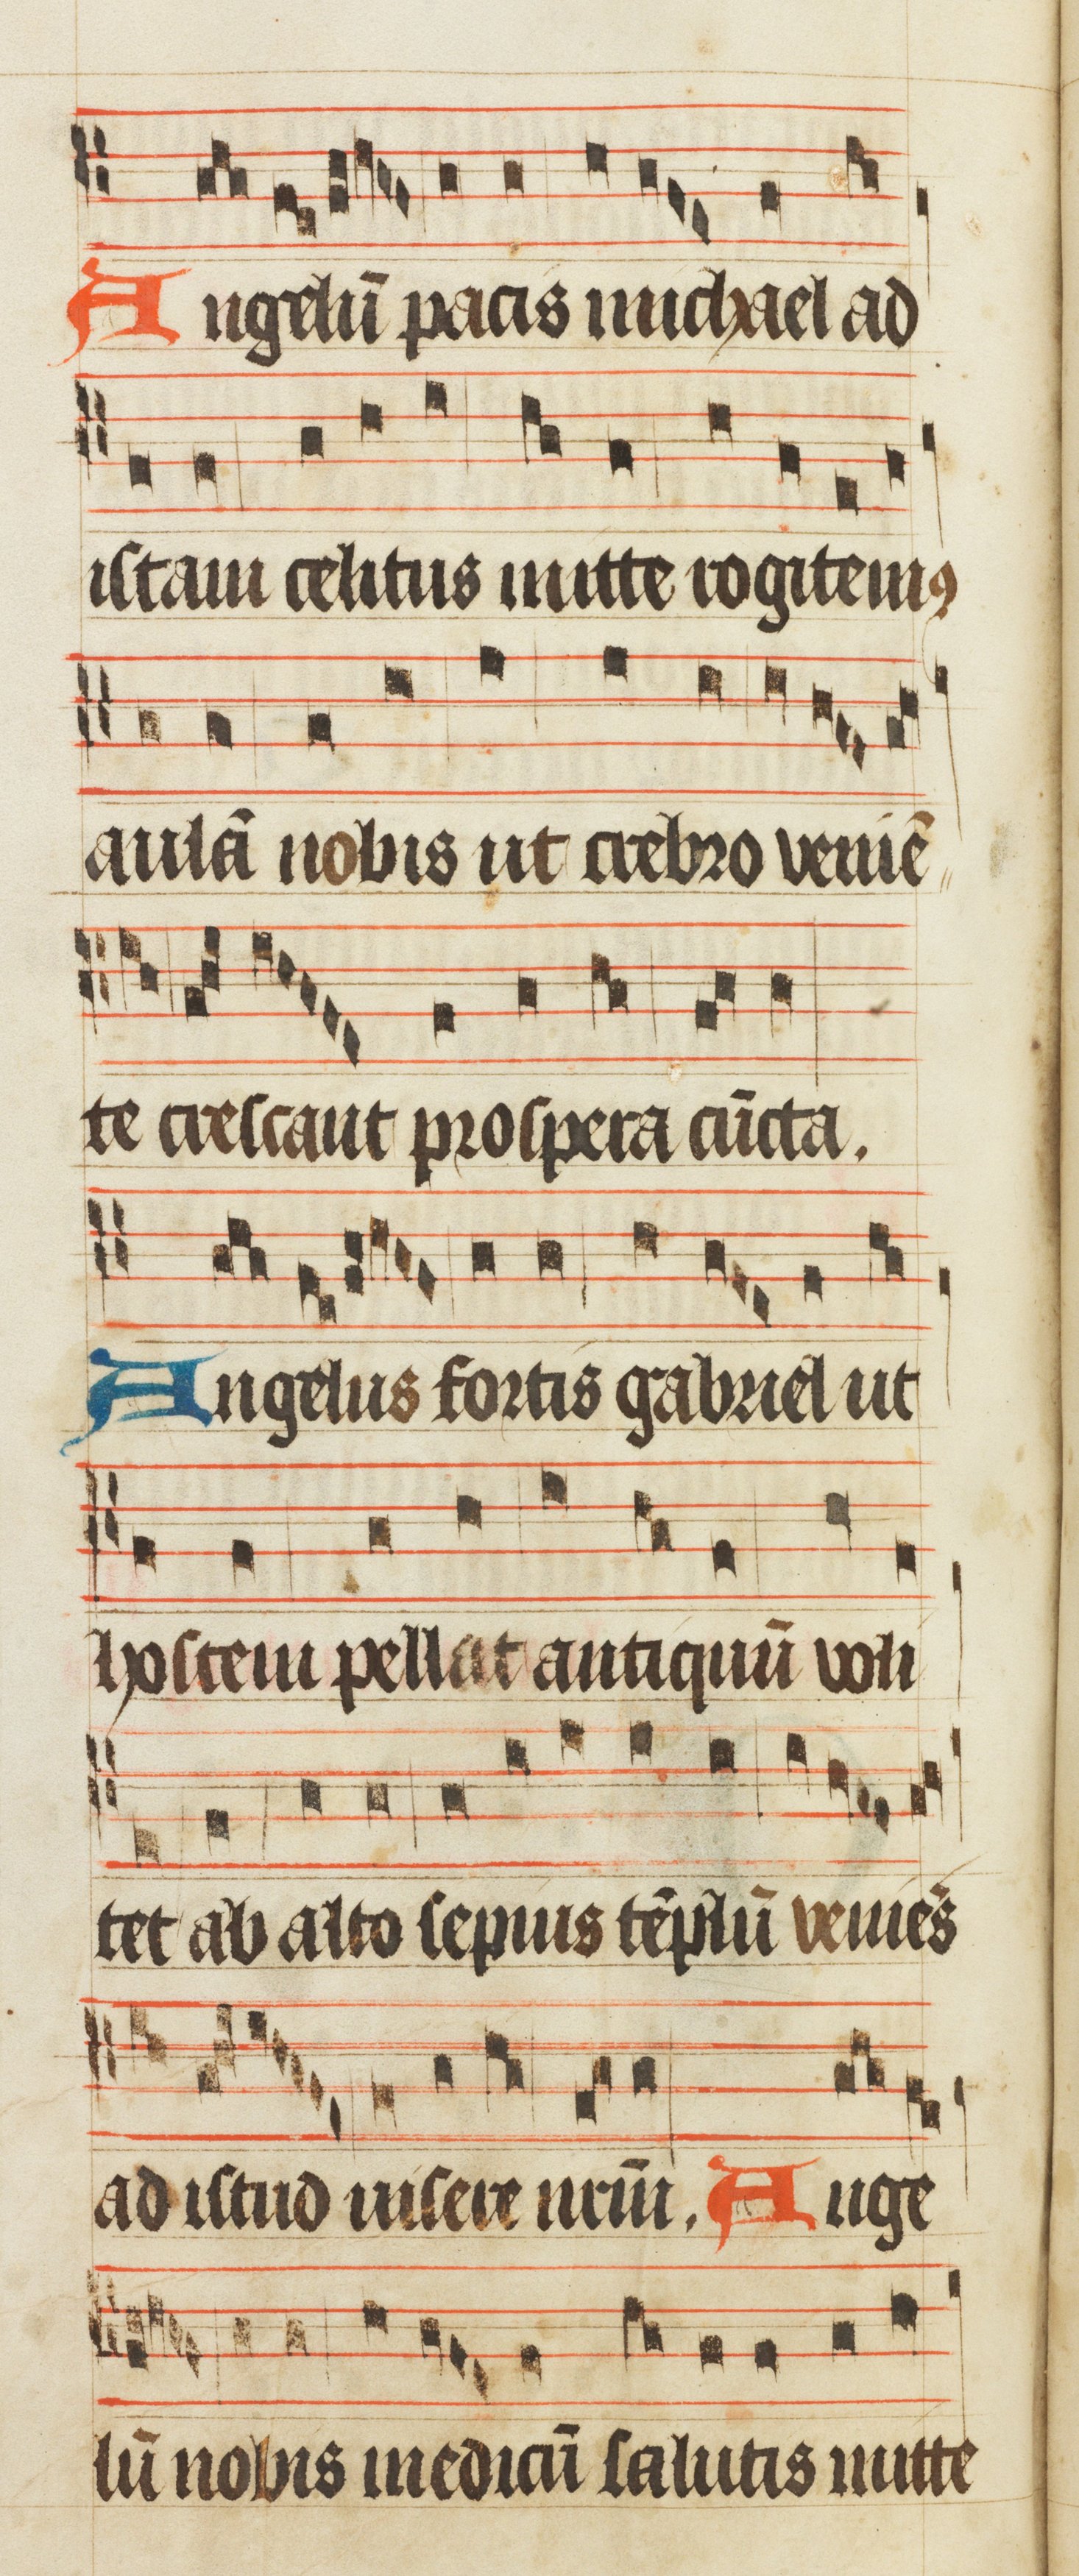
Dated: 1450–1499